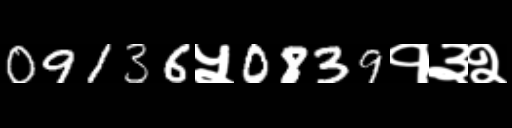
Text: 09136५0839१३२